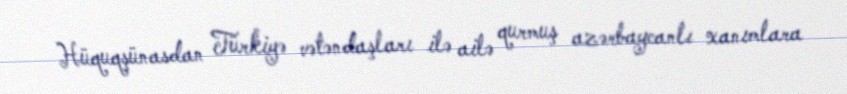
Hüquqşünasdan Türkiyə vətəndaşları ilə ailə qurmuş azərbaycanlı xanımlara